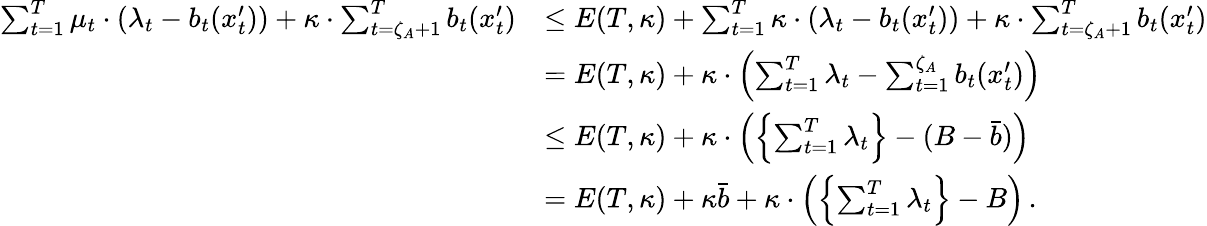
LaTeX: \begin{array}{rl}{\sum_{t=1}^{T}\mu_{t}\cdot(\lambda_{t}-b_{t}(x_{t}^{\prime}))+\kappa\cdot\sum_{t=\zeta_{A}+1}^{T}b_{t}(x_{t}^{\prime})}&{\leq E(T,\kappa)+\sum_{t=1}^{T}\kappa\cdot(\lambda_{t}-b_{t}(x_{t}^{\prime}))+\kappa\cdot\sum_{t=\zeta_{A}+1}^{T}b_{t}(x_{t}^{\prime})}\\ &{=E(T,\kappa)+\kappa\cdot\left(\sum_{t=1}^{T}\lambda_{t}-\sum_{t=1}^{\zeta_{A}}b_{t}(x_{t}^{\prime})\right)}\\ &{\leq E(T,\kappa)+\kappa\cdot\left(\left\{ \sum_{t=1}^{T}\lambda_{t}\right\} -(B-\bar{b})\right)}\\ &{=E(T,\kappa)+\kappa\bar{b}+\kappa\cdot\left(\left\{ \sum_{t=1}^{T}\lambda_{t}\right\} -B\right)\, .}\end{array}